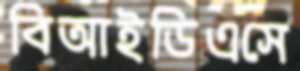
বিআইডিএসে